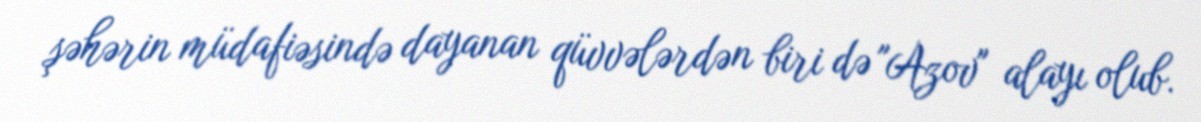
şəhərin müdafiəsində dayanan qüvvələrdən biri də "Azov" alayı olub.